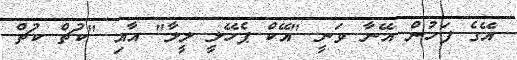
އޭގެ ފަހުން އޭނާ ވަނީ "އޭކް ޕެހޭލީ ލީލާ" އާއި "ކުޗް ކުޗް